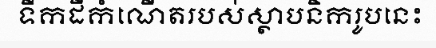
ទឹកដីកំណើតរបស់ស្ថាបនិករូបនេះ